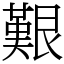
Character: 艱